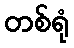
တစ်ရုံ